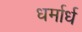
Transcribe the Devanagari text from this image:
धर्मार्ध